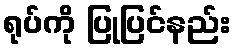
ရုပ်ကို ပြုပြင်နည်း